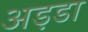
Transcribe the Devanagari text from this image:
अड़डा